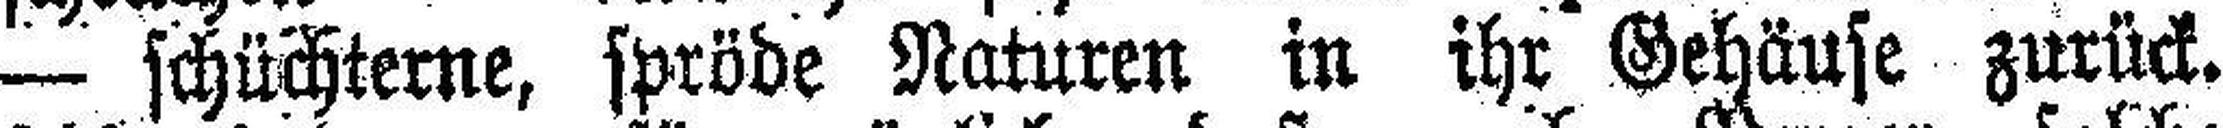
— schüchterne, spröde Naturen in ihr Gehäuse zurück.